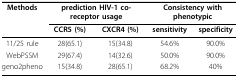
| Methods | <COLSPAN=2> prediction HIV-1 co-receptor usage | <COLSPAN=2> Consistency with phenotypic |
 |  | CCR5 (%) | CXCR4 (%) | sensitivity | specificity |
 | --- | --- | --- | --- | --- |
 | 11/25 rule | 28(65.1) | 15(34.8) | 54.6% | 90.0% |
 | WebPSSM | 29(67.4) | 14(32.6) | 50.0% | 90.0% |
 | geno2pheno | 15(34.8) | 28(65.1) | 68.2% | 40% |